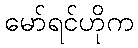
မော်ရင်ဟိုက